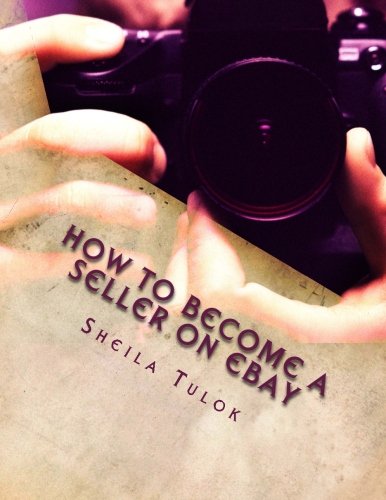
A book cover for How to become a seller on eBay: A quick guide; Sheila Tulok; Computers & Technology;